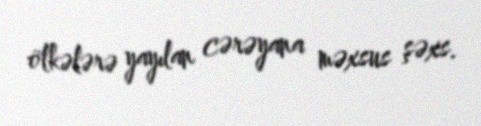
ölkələrə yayılan cərəyana məxsus şəxs.